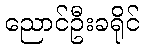
ညောင်ဦးခရိုင်